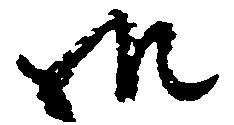
御